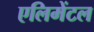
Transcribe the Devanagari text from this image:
एलिमेंटल